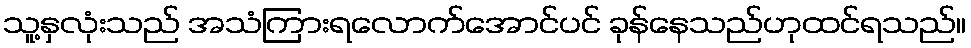
သူ့နှလုံးသည် အသံကြားရလောက်အောင်ပင် ခုန်နေသည်ဟုထင်ရသည်။